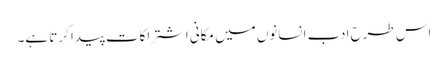
اس طرح ادب انسانوں میں مکانی اشتراکات پیدا کرتا ہے۔